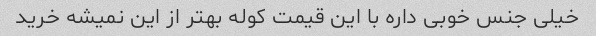
خیلی جنس خوبی داره با این قیمت کوله بهتر از این نمیشه خرید